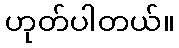
ဟုတ်ပါတယ်။